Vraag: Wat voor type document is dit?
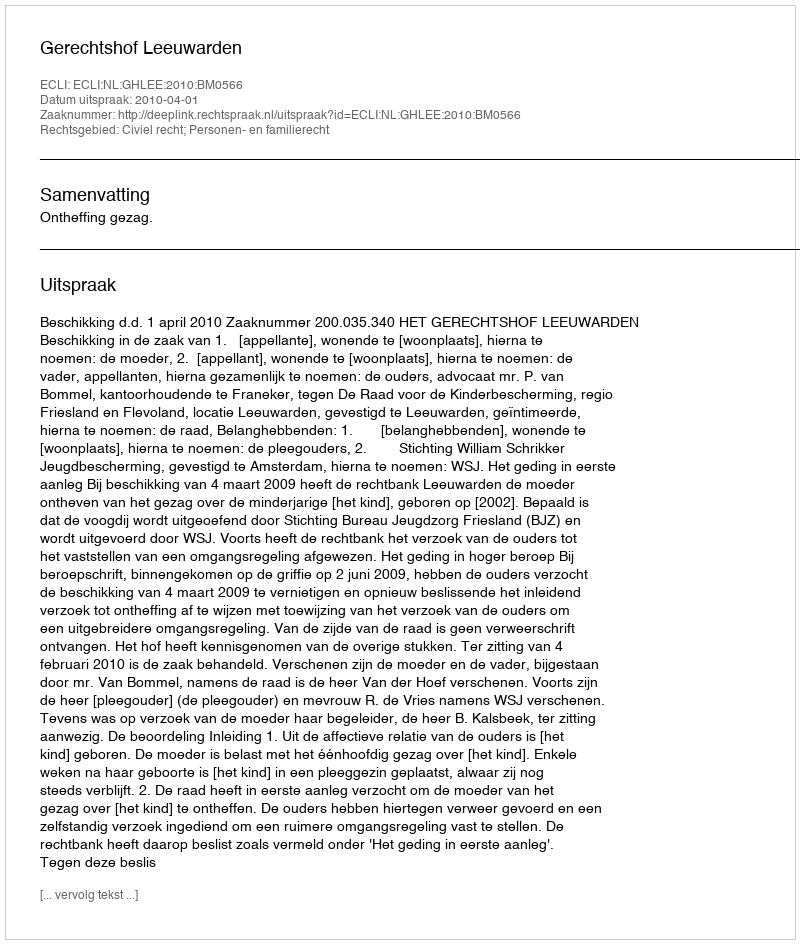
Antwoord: Uitspraak